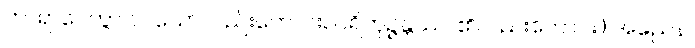
ကာရာပေတွာ ဝါ၊ သော်လည်းကောင်း။ ပရိဘုဉ္ဇန္တဿ၊ ၏လည်းကောင်း၊) အညေန၊